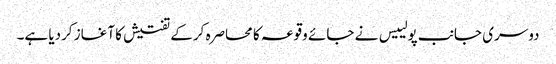
دوسری جانب پولییس نے جائے وقوعہ کا محاصرہ کرکے تفتیش کا آغاز کردیا ہے۔